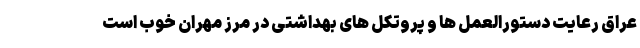
عراق رعایت دستورالعمل ها و پروتکل های بهداشتی در مرز مهران خوب است